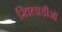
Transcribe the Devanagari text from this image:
खिलाड़ीओं